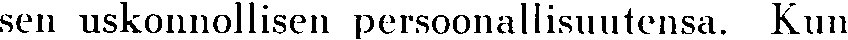
sen uskonnollisen persoonallisuutensa. Kun